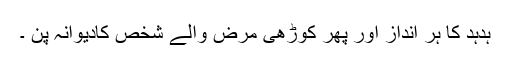
ہدہد کا ہر انداز اور پھر کوڑھی مرض والے شخص کادیوانہ پن ۔